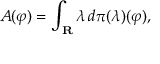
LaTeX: A ( \varphi ) = \int _ { \mathbf { R } } \lambda \, d \pi ( \lambda ) ( \varphi ) ,